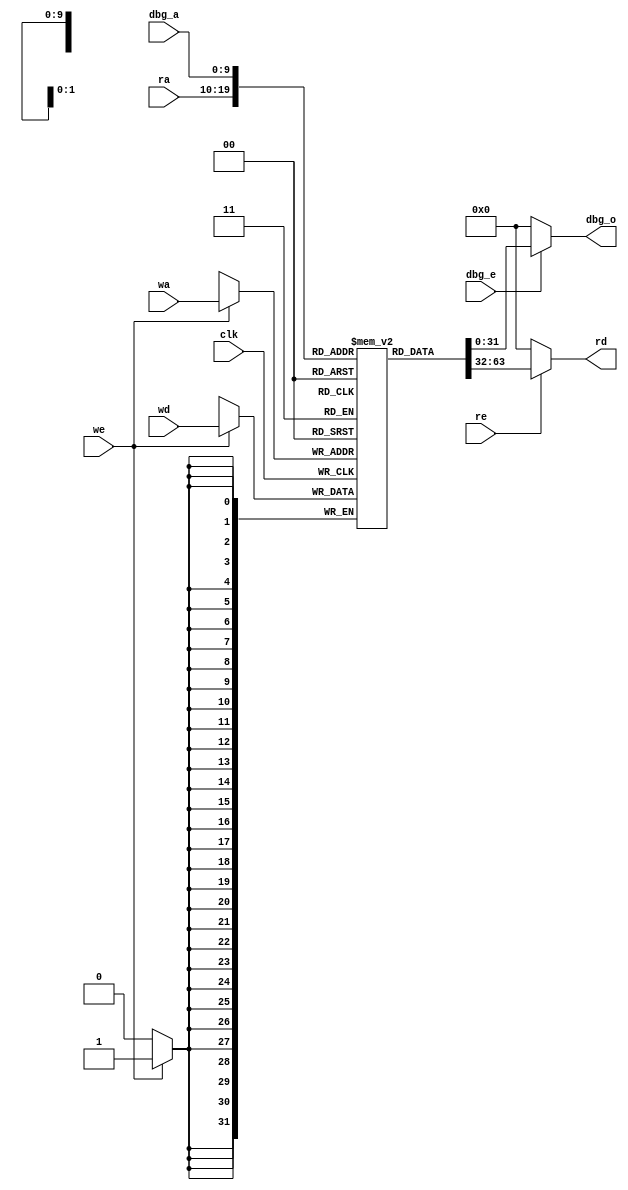
`timescale 1ns / 1ps
module mem_1024x32(clk, ra, rd, re, wa, wd, we, dbg_a, dbg_e, dbg_o);    
   input clk;
   input [9:0] ra, wa;
   input re, we;
   output reg [31:0] rd;
   input [31:0] wd;
   
   input [9:0] dbg_a;
   input dbg_e;
   output reg [31:0] dbg_o;
   
   reg [31:0] memory [0:1023];
   
   always @(posedge clk) begin
     if (we) begin
         memory[wa] = wd;
      end
   end
   
   always @* begin
      if (re) begin
         rd = memory[ra];
      end
      else begin
         rd = 0;
      end
   end
   
   always @* begin
      if (dbg_e) begin
         dbg_o = memory[dbg_a];
      end
      else begin
         dbg_o = 0;
      end
   end
   
endmodule